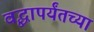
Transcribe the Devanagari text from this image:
वृद्धापर्यंतच्या